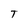
Character: T